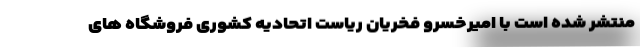
منتشر شده است با امیرخسرو فخریان ریاست اتحادیه کشوری فروشگاه های